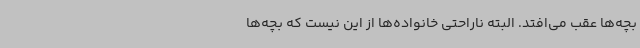
بچه‌ها عقب می‌افتد. البته ناراحتی خانواده‌ها از این نیست که بچه‌ها